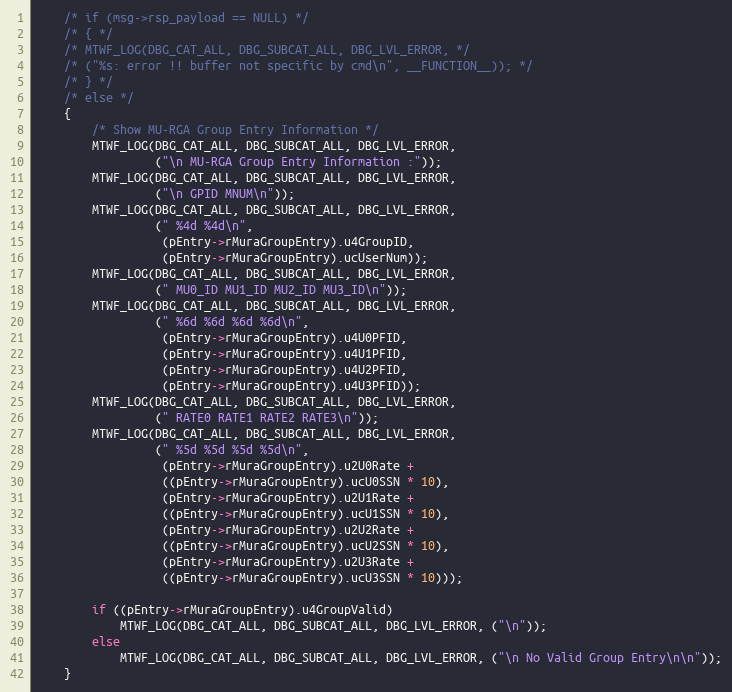
Language: C
	/* if (msg->rsp_payload == NULL) */
	/* { */
	/* MTWF_LOG(DBG_CAT_ALL, DBG_SUBCAT_ALL, DBG_LVL_ERROR, */
	/* ("%s: error !! buffer not specific by cmd\n", __FUNCTION__)); */
	/* } */
	/* else */
	{
		/* Show MU-RGA Group Entry Information */
		MTWF_LOG(DBG_CAT_ALL, DBG_SUBCAT_ALL, DBG_LVL_ERROR,
				 ("\n MU-RGA Group Entry Information :"));
		MTWF_LOG(DBG_CAT_ALL, DBG_SUBCAT_ALL, DBG_LVL_ERROR,
				 ("\n GPID MNUM\n"));
		MTWF_LOG(DBG_CAT_ALL, DBG_SUBCAT_ALL, DBG_LVL_ERROR,
				 (" %4d %4d\n",
				  (pEntry->rMuraGroupEntry).u4GroupID,
				  (pEntry->rMuraGroupEntry).ucUserNum));
		MTWF_LOG(DBG_CAT_ALL, DBG_SUBCAT_ALL, DBG_LVL_ERROR,
				 (" MU0_ID MU1_ID MU2_ID MU3_ID\n"));
		MTWF_LOG(DBG_CAT_ALL, DBG_SUBCAT_ALL, DBG_LVL_ERROR,
				 (" %6d %6d %6d %6d\n",
				  (pEntry->rMuraGroupEntry).u4U0PFID,
				  (pEntry->rMuraGroupEntry).u4U1PFID,
				  (pEntry->rMuraGroupEntry).u4U2PFID,
				  (pEntry->rMuraGroupEntry).u4U3PFID));
		MTWF_LOG(DBG_CAT_ALL, DBG_SUBCAT_ALL, DBG_LVL_ERROR,
				 (" RATE0 RATE1 RATE2 RATE3\n"));
		MTWF_LOG(DBG_CAT_ALL, DBG_SUBCAT_ALL, DBG_LVL_ERROR,
				 (" %5d %5d %5d %5d\n",
				  (pEntry->rMuraGroupEntry).u2U0Rate +
				  ((pEntry->rMuraGroupEntry).ucU0SSN * 10),
				  (pEntry->rMuraGroupEntry).u2U1Rate +
				  ((pEntry->rMuraGroupEntry).ucU1SSN * 10),
				  (pEntry->rMuraGroupEntry).u2U2Rate +
				  ((pEntry->rMuraGroupEntry).ucU2SSN * 10),
				  (pEntry->rMuraGroupEntry).u2U3Rate +
				  ((pEntry->rMuraGroupEntry).ucU3SSN * 10)));

		if ((pEntry->rMuraGroupEntry).u4GroupValid)
			MTWF_LOG(DBG_CAT_ALL, DBG_SUBCAT_ALL, DBG_LVL_ERROR, ("\n"));
		else
			MTWF_LOG(DBG_CAT_ALL, DBG_SUBCAT_ALL, DBG_LVL_ERROR, ("\n No Valid Group Entry\n\n"));
	}